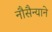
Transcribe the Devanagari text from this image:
नौसैन्याने